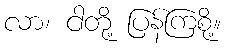
လာ၊ ငါတို့ ပြန်ကြစို့။